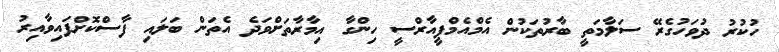
ހުކުރު ދުވަހުގެރޭ ސަލާމަތީ ބާރުތަކުން އެމްއެމްޕީއާރްސީ ހިންގާ އިމާރާތަށްވަދެ އެތަން ބަލައި ފާސްކޮށްފައިވާއިރު